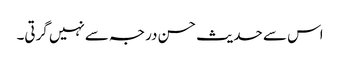
اس سے حدیث حسن درجہ سےنہیں گرتی۔